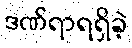
ဒဏ်ရာရရှိခဲ့